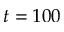
t = 1 0 0